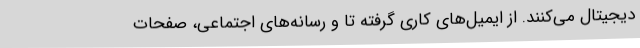
دیجیتال می‌کنند. از ایمیل‌های کاری گرفته تا و رسانه‌های اجتماعی، صفحات